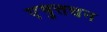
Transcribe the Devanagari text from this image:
एषुत्तचन